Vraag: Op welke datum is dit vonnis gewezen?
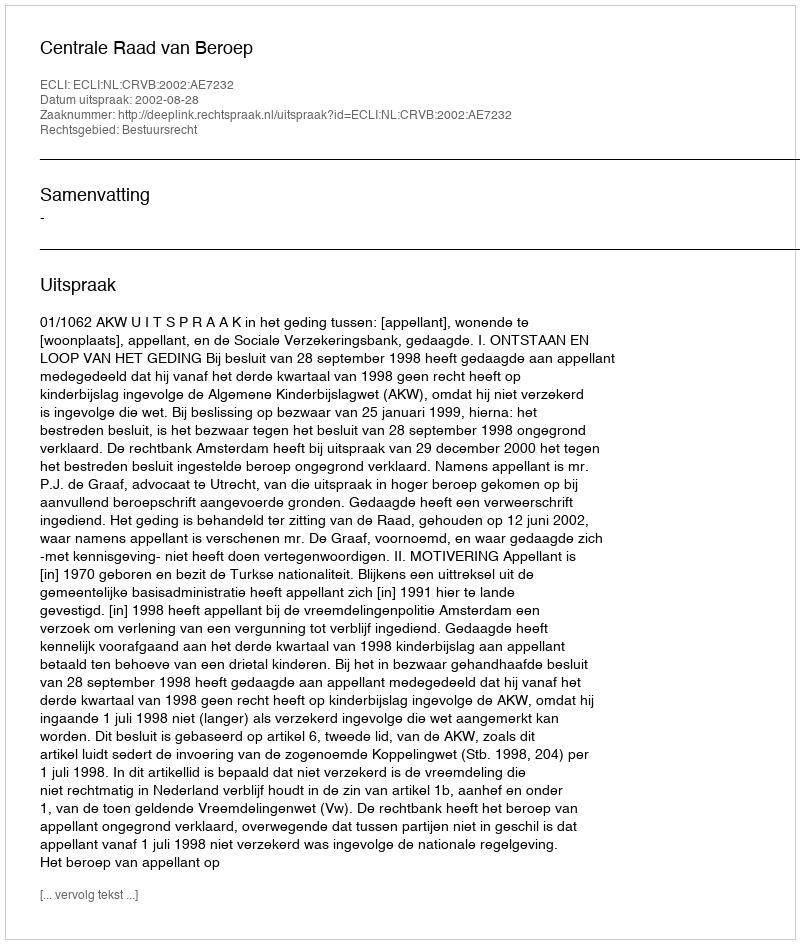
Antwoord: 2002-08-28